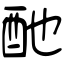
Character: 酏